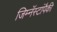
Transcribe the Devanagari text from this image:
जिम्नॅस्टांपैकी